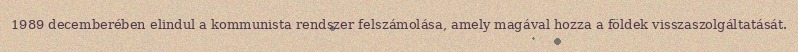
1989 decemberében elindul a kommunista rendszer felszámolása, amely magával hozza a földek visszaszolgáltatását.